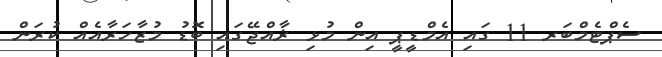
ސެޕްޓެމްބަރ 11 ގައި އެމްޑީޕީ އިން މުޅި ޜާއްޖޭގައި ބޮޑު މުޒާހަރާއެއް ކުރަން